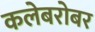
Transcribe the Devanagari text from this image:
कलेबरोबर